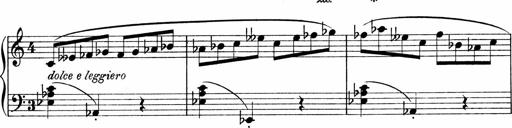
Title: Sonatina No.1
Composer: Otto Stoll
Key: C major